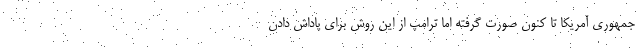
جمهوری آمریکا تا کنون صورت گرفته اما ترامپ از این روش برای پاداش دادن